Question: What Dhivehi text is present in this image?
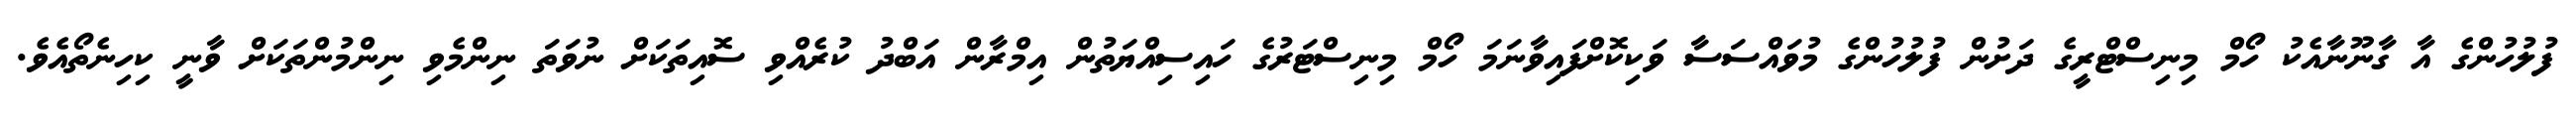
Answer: ފުލުހުންގެ އާ ގާނޫނާއެކު ހޯމް މިނިސްޓްރީގެ ދަށުން ފުލުހުންގެ މުވައްސަސާ ވަކިކޮށްފައިވާނަމަ ހޯމް މިނިސްޓަރުގެ ހައިސިއްޔަތުން އިމްރާން އަބްދު ކުރެއްވި ސޮއިތަކަށް ނުވަތަ ނިންމެވި ނިންމުންތަކަށް ވާނީ ކިހިނެތޯއެވެ.